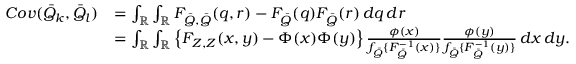
\begin{array} { r l } { C o v ( \bar { Q } _ { k } , \bar { Q } _ { l } ) } & { = \int _ { \mathbb { R } } \int _ { \mathbb { R } } F _ { \bar { Q } , \bar { Q } } ( q , r ) - F _ { \bar { Q } } ( q ) F _ { \bar { Q } } ( r ) \, d q \, d r } \\ & { = \int _ { \mathbb { R } } \int _ { \mathbb { R } } \left\{ F _ { Z , Z } ( x , y ) - \Phi ( x ) \Phi ( y ) \right\} \frac { \phi ( x ) } { f _ { \bar { Q } } \{ F _ { \bar { Q } } ^ { - 1 } ( x ) \} } \frac { \phi ( y ) } { f _ { \bar { Q } } \{ F _ { \bar { Q } } ^ { - 1 } ( y ) \} } \, d x \, d y . } \end{array}